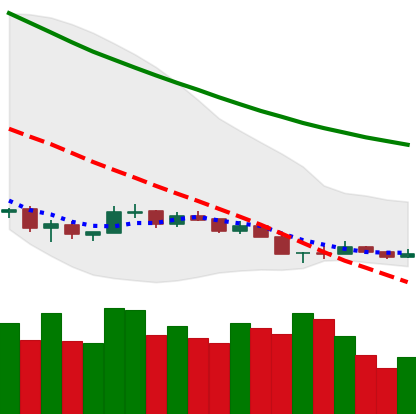
Ticker: NEO-USD
Chart end date: 2018-12-12
Forward return: 8.471%
Label: up_7plus